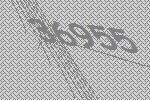
36955